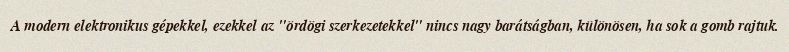
A modern elektronikus gépekkel, ezekkel az "ördögi szerkezetekkel" nincs nagy barátságban, különösen, ha sok a gomb rajtuk.